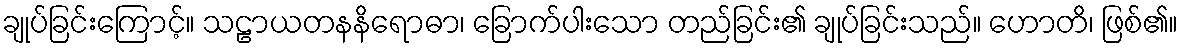
ချုပ်ခြင်းကြောင့်။ သဠာယတနနိရောဓာ၊ ခြောက်ပါးသော တည်ခြင်း၏ ချုပ်ခြင်းသည်။ ဟောတိ၊ ဖြစ်၏။